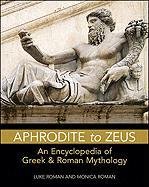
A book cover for Aphrodite to Zeus: An Encyclopedia of Greek & Roman Mythology (Facts on File Library of Religion and Mythology); Luke Roman; Politics & Social Sciences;